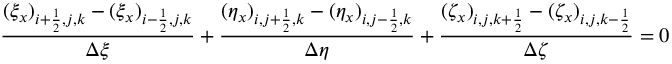
\frac { ( \xi _ { x } ) _ { i + \frac { 1 } { 2 } , j , k } - ( \xi _ { x } ) _ { i - \frac { 1 } { 2 } , j , k } } { \Delta \xi } + \frac { ( \eta _ { x } ) _ { i , j + \frac { 1 } { 2 } , k } - ( \eta _ { x } ) _ { i , j - \frac { 1 } { 2 } , k } } { \Delta \eta } + \frac { ( \zeta _ { x } ) _ { i , j , k + \frac { 1 } { 2 } } - ( \zeta _ { x } ) _ { i , j , k - \frac { 1 } { 2 } } } { \Delta \zeta } = 0